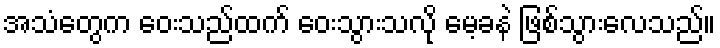
အသံတွေက ဝေးသည်ထက် ဝေးသွားသလို မေ့ခနဲ ဖြစ်သွားလေသည်။